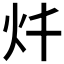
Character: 𱪨